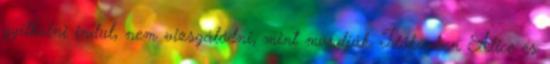
gyilkolni indul, nem vizsgálódni, mint mondják. Időközben Alice és